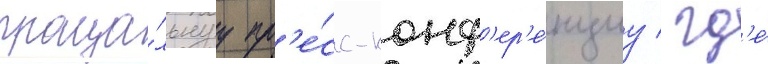
проща́льнуу пр'е́сс-конф'ер'е́нциу / гд'е́